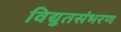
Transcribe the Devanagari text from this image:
विद्युतसंभरण